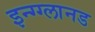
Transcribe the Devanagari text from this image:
इन्ग्ग्लानड